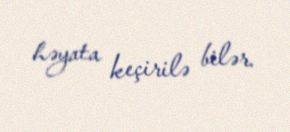
həyata keçirilə bilər.